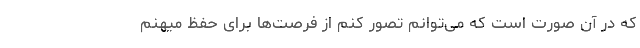
که در آن صورت است که می‌توانم تصور کنم از فرصت‌ها برای حفظ میهنم